Jaarja_vallakohus, lk 8
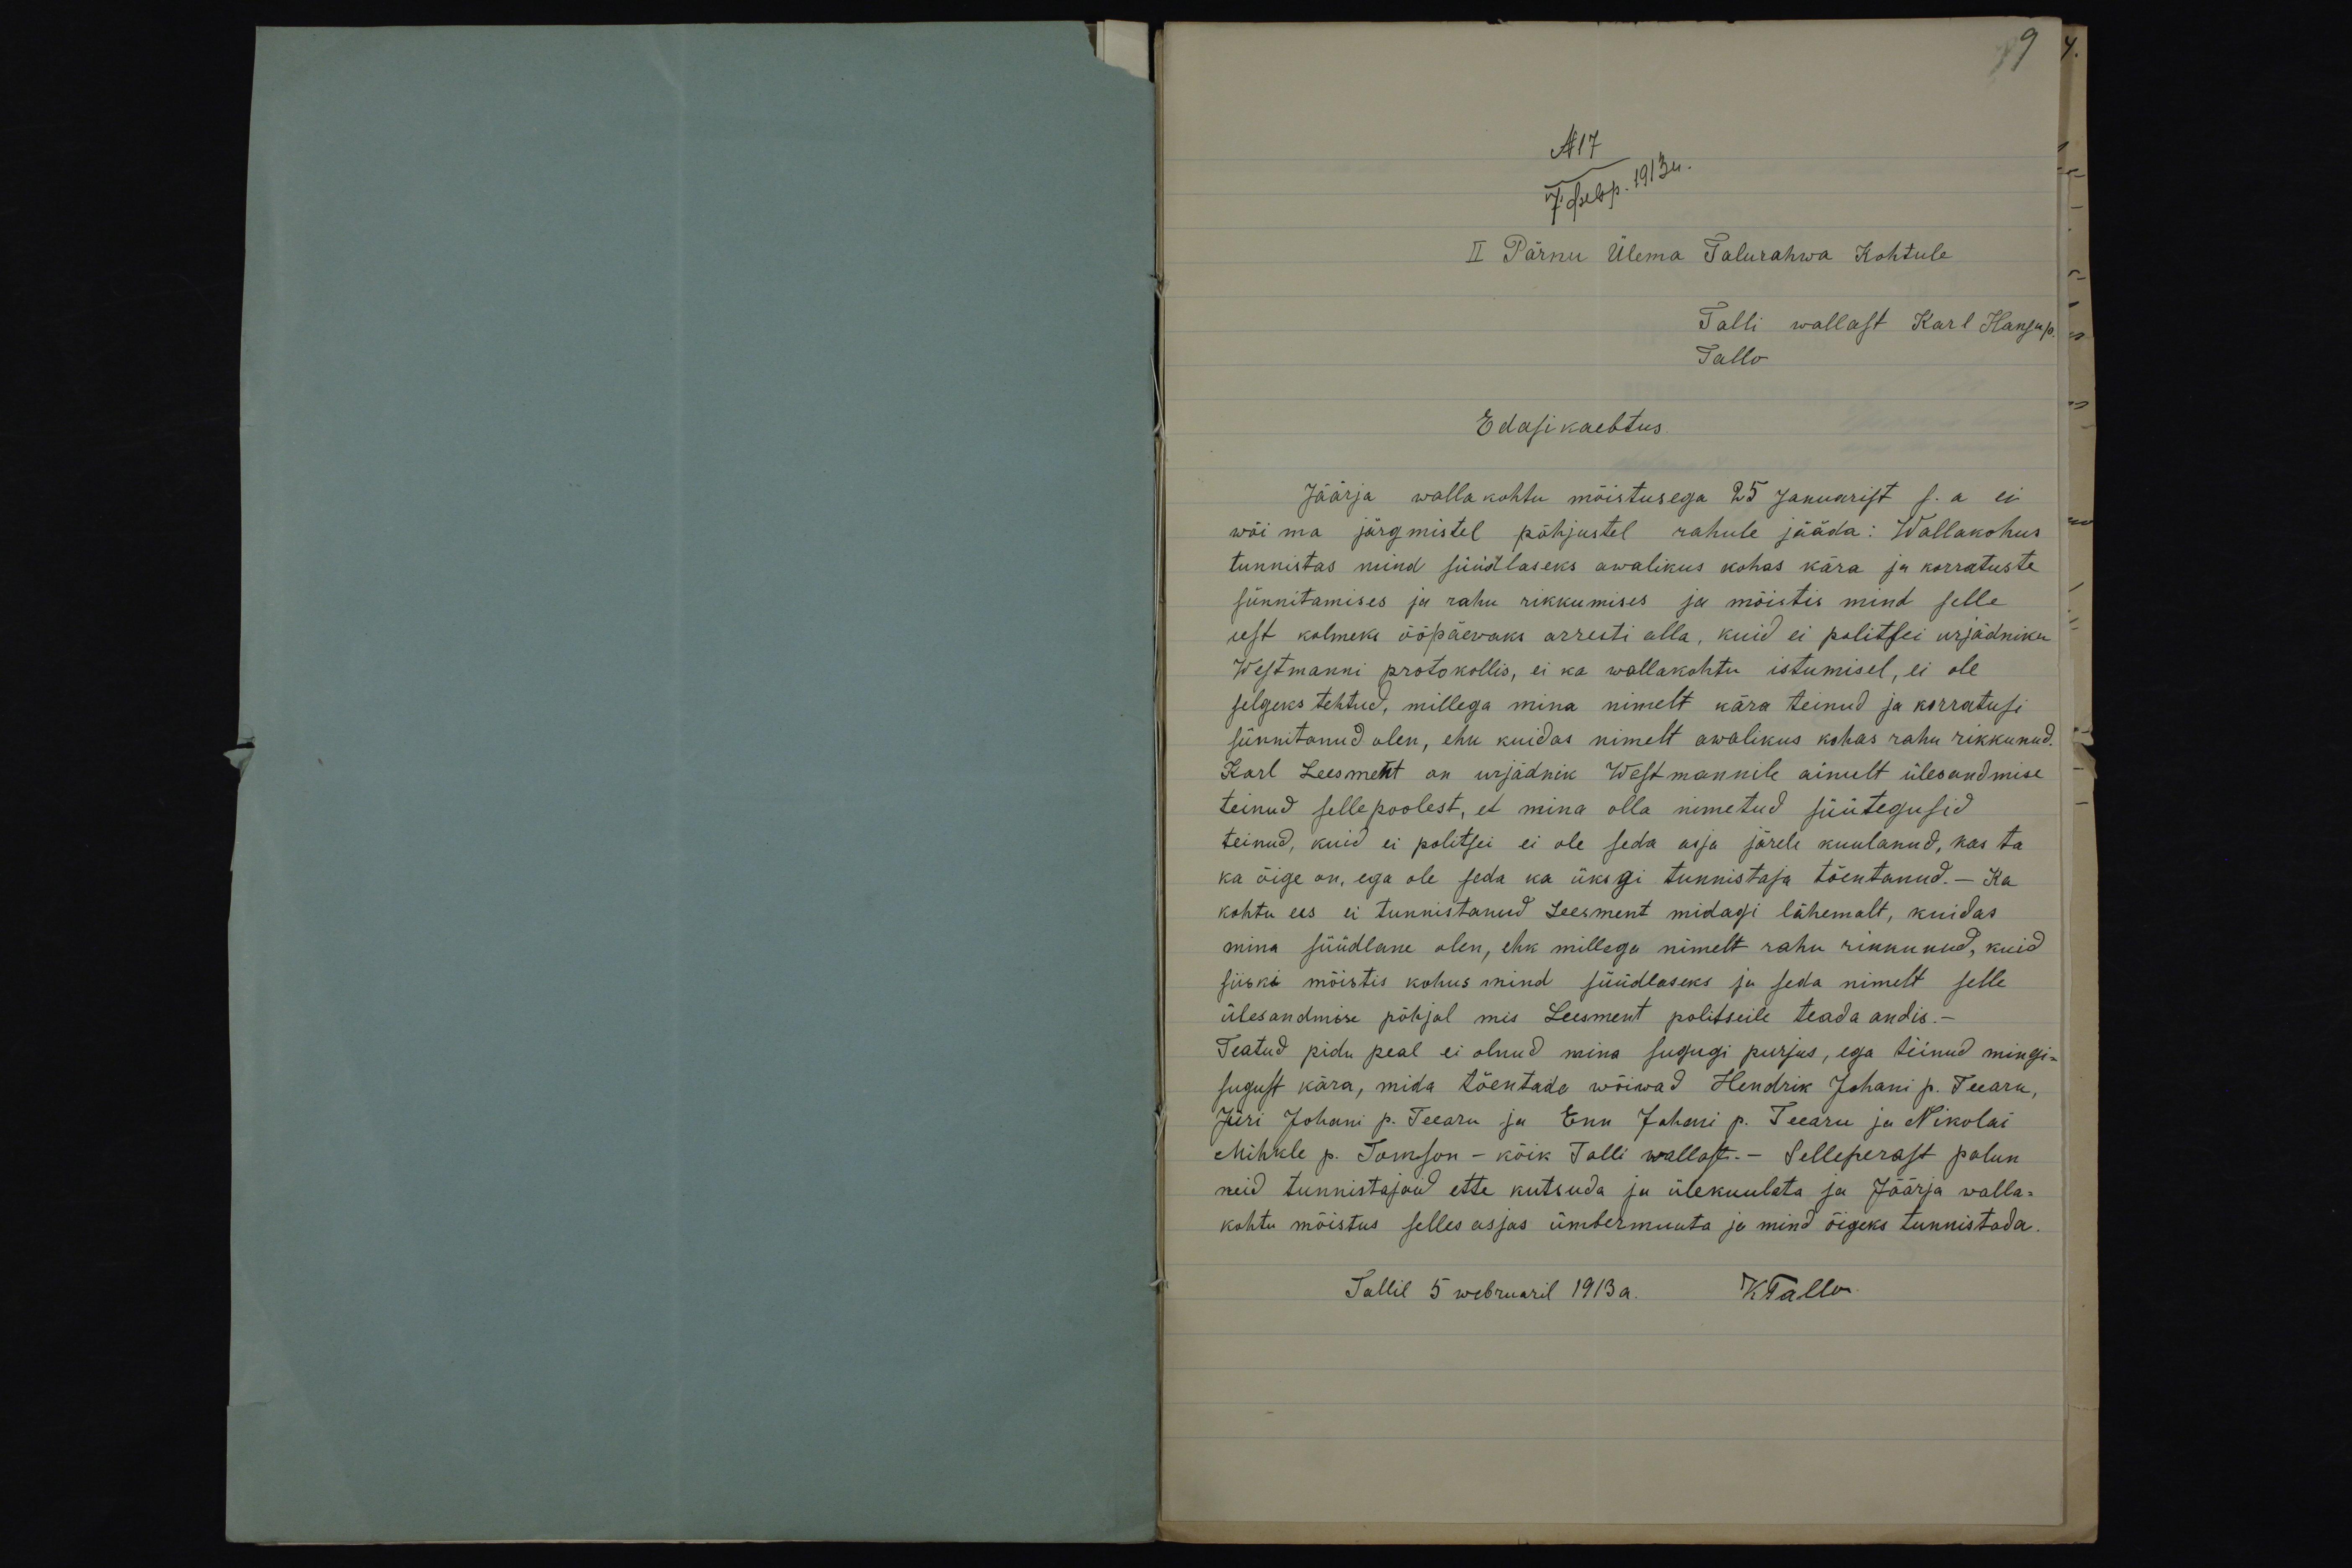
9
N 17
II Pärnu Ülema Talurahwa Kohtule
Talli wallast Karl Hansu p.
Tallo
Edasikaebtus.
Jäärja wallakohtu mõistusega 25 Januarist s. a ei
wõi ma järgmistel põhjustel rahule jääda: Wallakohus
tunnistas mind süüdlaseks awalikus kohas kära ja korratuste
sünnitamises ja rahu rikkumises ja mõistis mind selle
eest kolmeks ööpäevaks arresti alla, kuid ei politsei urjädniku
Westmanni protokollis, ei ka wallakohtu istumisel, ei ole
selgeks tehtud, millega mina nimelt kära teinud ja korratusi
sünnitanud olen, ehk kuidas nimelt awalikus kohas rahu rikkunud.
Karl Leesment on urjädnik Westmannile ainult ülesandmise
teinud selle poolest, et mina olla nimetud süütegusid
teinud, kuid ei politsei ei ole seda asja järele kuulanud, kas ta
ka õige on, ega ole seda ka üksgi tunnistaja tõentanud. - Ka
kohtu ees ei tunnistanud Leesment midagi lähemalt, kuidas
mina süüdlane olen, ehk millega nimelt rahu rikkunud, kuid
siiski mõistis kohus mind süüdlaseks ja seda nimelt selle
ülesandmise põhjal mis Leesment politseile teada andis.-
Teatud pidu peal ei olnud mina sugugi purjus, ega teinud mingi-
sugust kära, mida tõentada wõiwad Hendrik Johani p. Teearu,
Jüri Johani p. Teearu ja Enn Johani p. Teearu ja Nikolai
Mihkle p. Tomson - kõik Talli wallast. - Selleperast palun
neid tunnistajaid ette kutsuda ja ülekuulata ja Jäärja walla-
kohtu mõistus selles asjas ümbermuuta ja mind õigeks tunnistada.
Tallil 5 webruaril 1913a. K Tallo